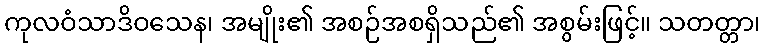
ကုလဝံသာဒိဝသေန၊ အမျိုး၏ အစဉ်အစရှိသည်၏ အစွမ်းဖြင့်။ သတတ္တာ၊